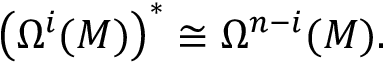
\left( \Omega ^ { i } ( M ) \right) ^ { * } \cong \Omega ^ { n - i } ( M ) .